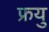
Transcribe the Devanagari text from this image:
फ्रयु